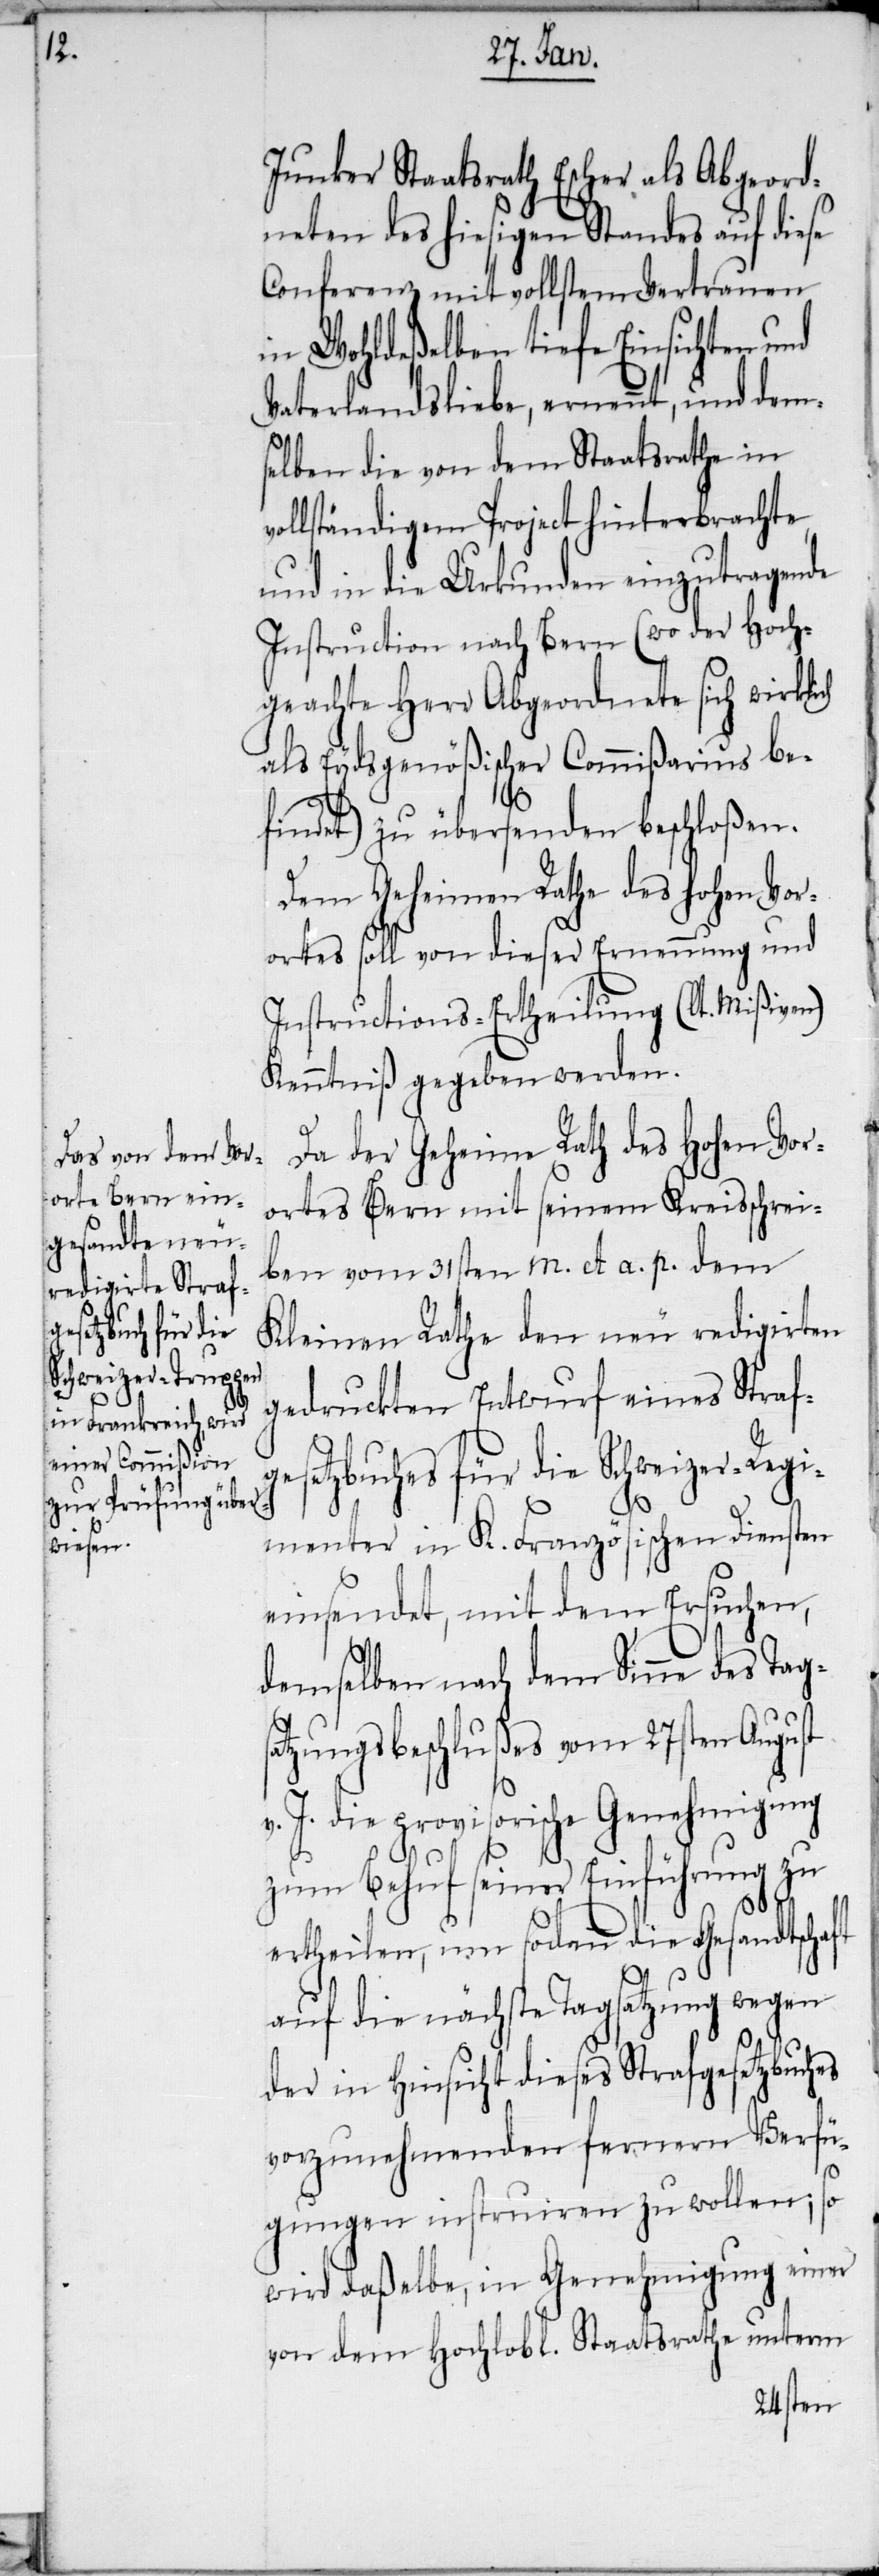
Junker Staatsrath Escher als Abgeord¬
neten des hiesigen Standes auf diese
Conferenz mit vollstem Vertrauen
Wohldeßelben tiefe Einsichten und
Vaterlandsliebe, ernennt, und dem¬
selben die von dem Staatsrathe in
ollständigem Project hinterbrachte,
und in die Urkunden einzutragende
Instruction nach Bern (wo der Hoch¬
geachte Herr Abgeordnete sich wirklich
als Eydsgenößischer Commißarius be¬
findet) zu übersenden beschloßen.
Dem Geheimen Rathe des hohen Vor¬
ortes soll von dieser Ernennung und
Instructions-Ertheilung (lt. Mißiven)
Kenntniß gegeben werden.
Da der Geheime Rath des Hohen Vor¬
ortes Bern mit seinem Kreisschrei¬
ben vom 31sten m. et a. p. dem
Kleinen Rathe den neu redigirten
gedruckten Entwurf eines Straf¬
gesetzbuches für die Schweizer-Regi¬
menter in K. Französischen Diensten
einsendet, mit dem Ersuchen,
v¬
demselben nach dem Sinne des Tags¬
atzungsbeschlußes vom 27sten August
v. J. die provisorische Genehmigung
zum Behuf seiner Einführung zu
ertheilen, um sodann die Gesandtschaft
auf die nächste Tagsatzung wegen
der in Hinsicht dieses Strafgesetzbuches
vorzunehmenden ferneren Verfü¬
gungen instruiren zu wollen; so
wird daßelbe, in Genehmigung einer
von dem Hochlobl. Staatsrathe unterm